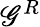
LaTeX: \mathscr{G}^{R}